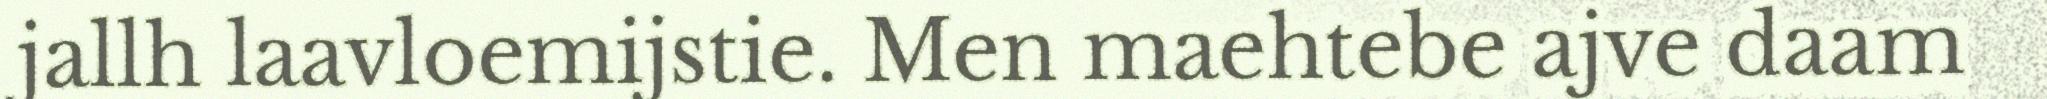
jallh laavloemijstie. Men maehtebe ajve daam